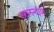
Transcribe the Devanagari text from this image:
आनन्दांश